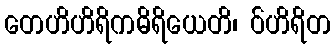
တေဟိဟိရိကဓိရိယေတိ၊ ဝ်ဟိရိတ